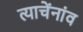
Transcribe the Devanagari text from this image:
त्याचेंनांव